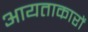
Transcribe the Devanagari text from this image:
आयताकारों